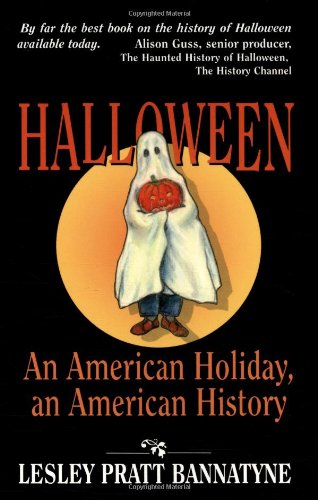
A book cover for Halloween: An American Holiday, an American History; Lesley Bannatyne; Politics & Social Sciences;